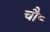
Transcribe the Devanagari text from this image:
चौ॰